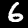
Digit: 6